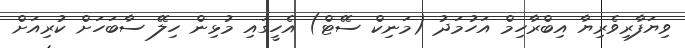
ވިޔަފާރިވެރިޔާ އިބްރާހިމް އަހުމަދު (މަނިކް ސޭޓް) އެހީގައި މުޅިން ހިލޭ ސާބަހަށް ކުރިއަށް